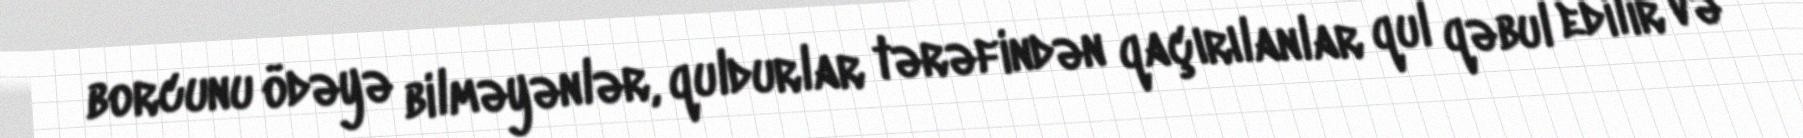
borcunu ödəyə bilməyənlər, quldurlar tərəfindən qaçırılanlar qul qəbul edilir və